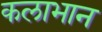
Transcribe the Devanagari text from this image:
कलाभान